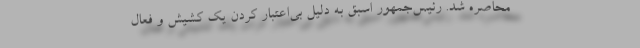
محاصره شد. رئیس‌جمهور اسبق به دلیل بی‌اعتبار کردن یک کشیش و فعال